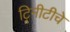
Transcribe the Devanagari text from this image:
ट्रिनीटीचे